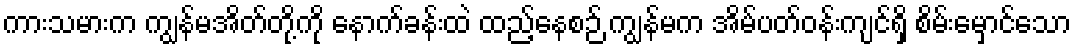
ကားသမားက ကျွန်မအိတ်တို့ကို နောက်ခန်းထဲ ထည့်နေစဉ် ကျွန်မက အိမ်ပတ်ဝန်းကျင်ရှိ စိမ်းမှောင်သော